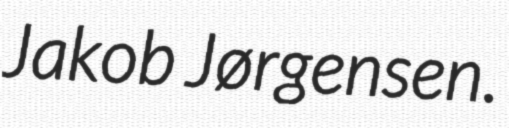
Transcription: Jakob Jørgensen.